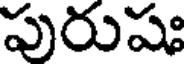
పురుషః